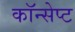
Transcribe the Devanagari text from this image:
कॉन्‍सेप्‍ट